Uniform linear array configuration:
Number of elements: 64
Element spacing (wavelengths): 0.75
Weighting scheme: kaiser
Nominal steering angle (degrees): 60
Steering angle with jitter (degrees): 60.166
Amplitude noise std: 0.05
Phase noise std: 0.05

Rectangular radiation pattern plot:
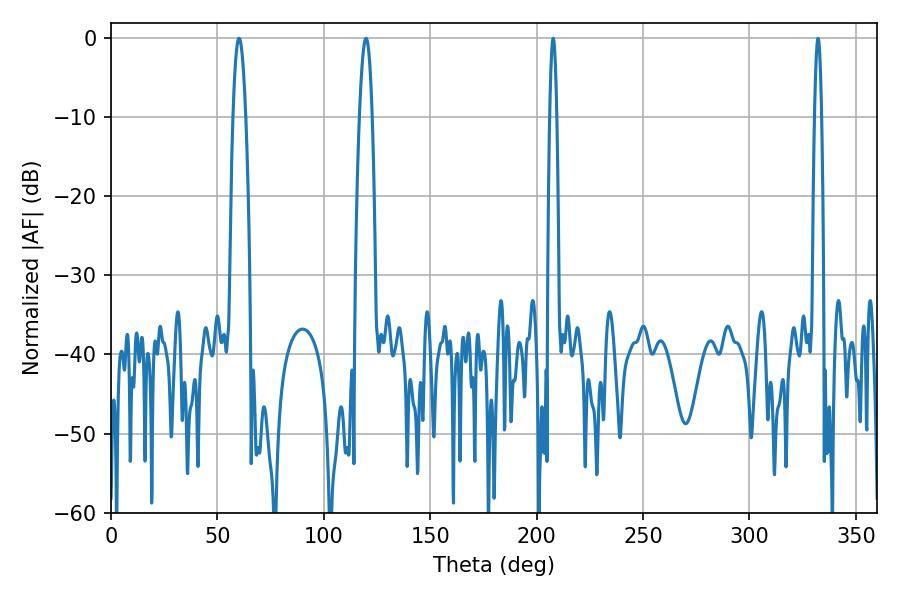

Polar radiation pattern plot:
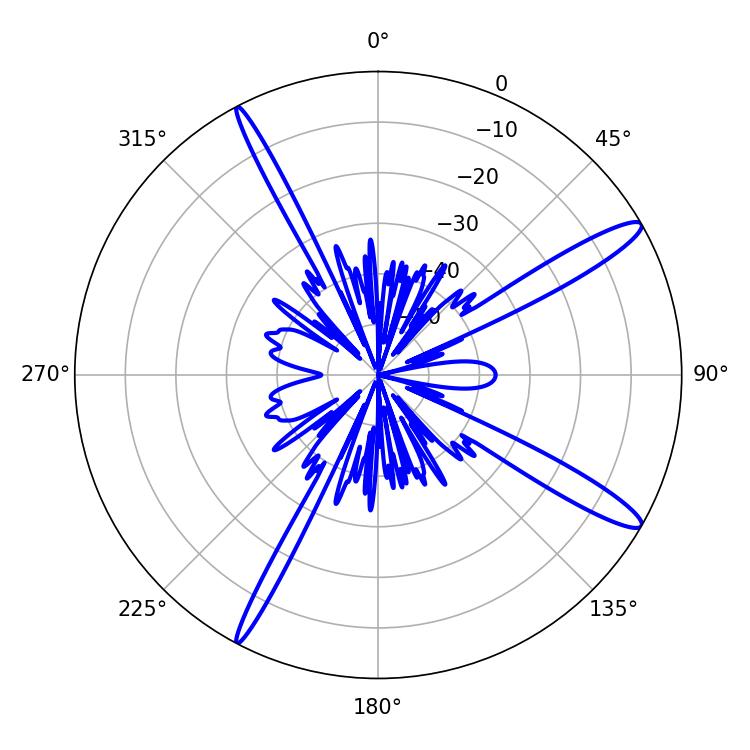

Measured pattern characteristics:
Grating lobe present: TRUE
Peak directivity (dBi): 14.2
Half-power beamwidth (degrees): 3.42
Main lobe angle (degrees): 119.88